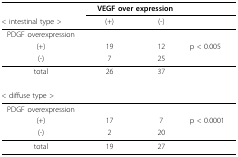
<table><thead><tr><td></td><td colspan="2"><b>VEGF over expression</b></td><td></td></tr><tr><td><b>&lt; intestinal type &gt;</b></td><td><b>(+)</b></td><td><b>(-)</b></td><td></td></tr></thead><tbody><tr><td>PDGF overexpression</td><td></td><td></td><td></td></tr><tr><td>(+)</td><td>19</td><td>12</td><td>p &lt; 0.005</td></tr><tr><td>(-)</td><td>7</td><td>25</td><td></td></tr><tr><td>total</td><td>26</td><td>37</td><td></td></tr><tr><td>&lt; diffuse type &gt;</td><td></td><td></td><td></td></tr><tr><td>PDGF overexpression</td><td></td><td></td><td></td></tr><tr><td>(+)</td><td>17</td><td>7</td><td>p &lt; 0.0001</td></tr><tr><td>(-)</td><td>2</td><td>20</td><td></td></tr><tr><td>total</td><td>19</td><td>27</td><td></td></tr></tbody></table>